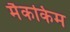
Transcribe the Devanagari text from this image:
मैककिम